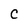
Character: C